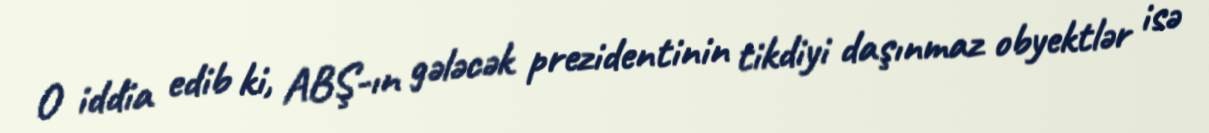
O iddia edib ki, ABŞ-ın gələcək prezidentinin tikdiyi daşınmaz obyektlər isə